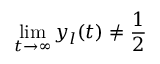
\operatorname* { l i m } _ { t \to \infty } y _ { l } ( t ) \neq \frac { 1 } { 2 }